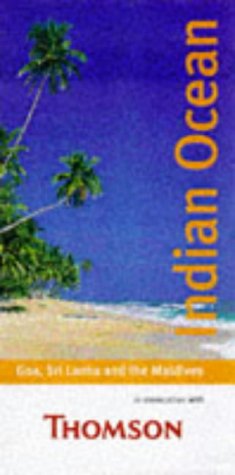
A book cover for Key to the Indian Ocean: Goa, Sri Lanka and Maldives; Reg Butler; Travel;